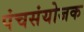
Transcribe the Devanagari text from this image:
पंचसंयोजक